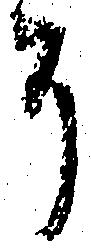
に